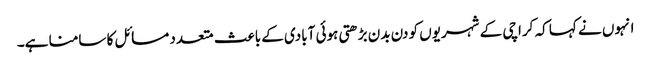
انہوں نے کہا کہ کراچی کے شہریوں کو دن بدن بڑھتی ہوئی آبادی کے باعث متعدد مسائل کا سامنا ہے۔